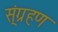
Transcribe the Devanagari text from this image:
स्ंग्रहण